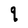
Character: q